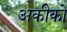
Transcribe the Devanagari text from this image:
अकीको